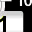
Digit: 1